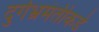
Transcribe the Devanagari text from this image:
दुर्गभ्रमंतीकडे